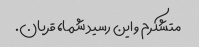
متشکرم و این رسید شما، قربان.